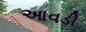
આવડી